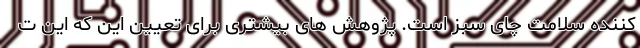
کننده سلامت چای سبز است. پژوهش های بیشتری برای تعیین این که این ت